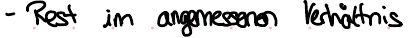
- Rest im angemessenen Verhältnis